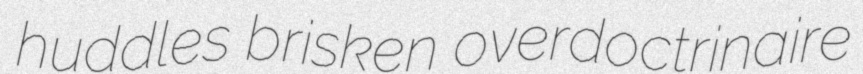
huddles brisken overdoctrinaire